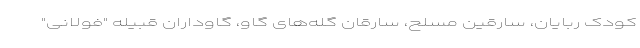
کودک ربایان، سارقین مسلح، سارقان گله‌های گاو، گاوداران قبیله "فولانی"